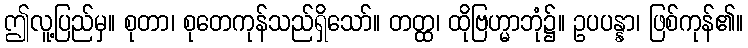
ဤလူ့ပြည်မှ။ စုတာ၊ စုတေကုန်သည်ရှိသော်။ တတ္ထ၊ ထိုဗြဟ္မာဘုံ၌။ ဥပပန္နာ၊ ဖြစ်ကုန်၏။